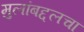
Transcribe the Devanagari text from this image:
मुलांबद्दलचा